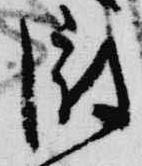
微